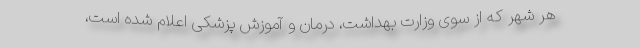
هر شهر که از سوی وزارت بهداشت، درمان و آموزش پزشکی اعلام شده است،